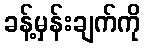
ခန့်မှန်းချက်ကို